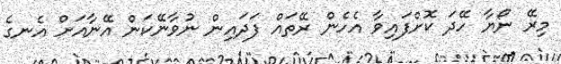
މިރޭ ނޯޔާ ހޭދަ ކޮށްފައިވާ އެހެން ރޭތައް ފަދައިން ނުވާނޭކަން އޭނާއަށް އެނގެ